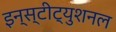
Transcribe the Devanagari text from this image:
इन्स्टीट्युशनल